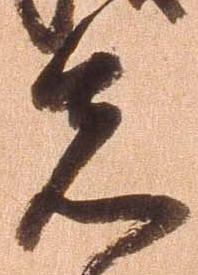
先